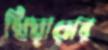
থিয়ামের